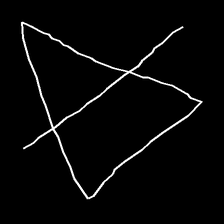
Glyph: empower